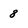
Character: 8